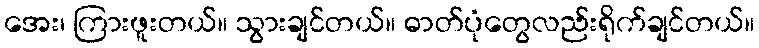
အေး၊ ကြားဖူးတယ်။ သွားချင်တယ်။ ဓာတ်ပုံတွေလည်းရိုက်ချင်တယ်။